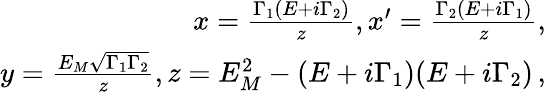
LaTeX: \begin{array}{r}{x=\frac{\Gamma_{1}(E+i\Gamma_{2})}{z},x^{\prime}=\frac{\Gamma_{2}(E+i\Gamma_{1})}{z},}\\ {y=\frac{E_{M}\sqrt{\Gamma_{1}\Gamma_{2}}}{z},z=E_{M}^{2}-(E+i\Gamma_{1})(E+i\Gamma_{2})\, ,}\end{array}